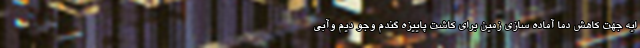
ایه جهت کاهش دما آماده سازی زمین برای کاشت پاییزه گندم وجو دیم وآبی